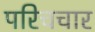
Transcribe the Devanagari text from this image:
परिचचार